Civil Veterinary Dept. Bombay admin report 1923-31 - 1923-1931
Year: 1923
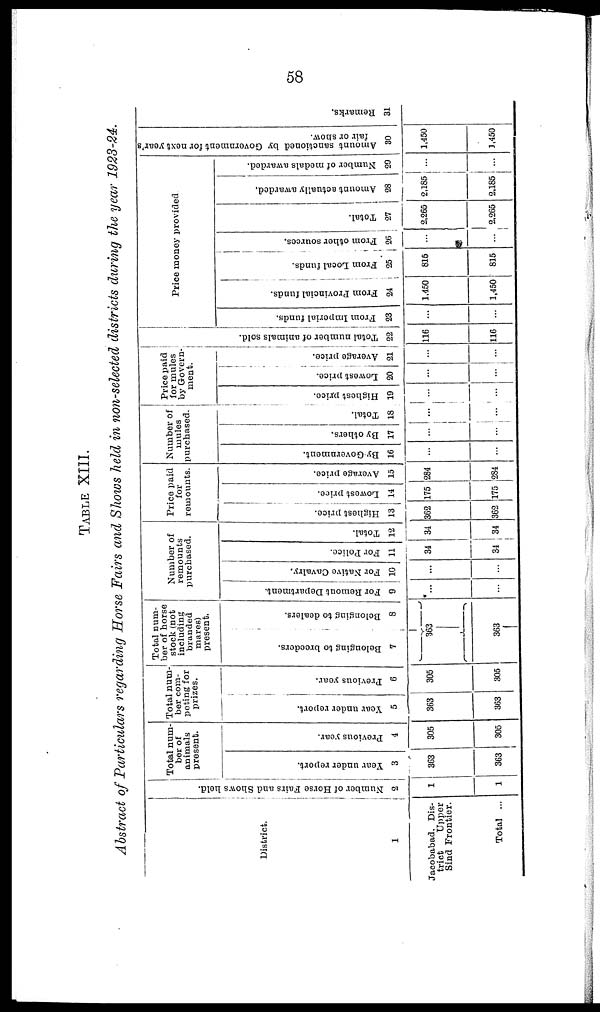
58
TABLE XIII.
Abstract of Particulars regarding Horse Fairs and Shows held in non-selected districts during the year 1923-24.
District.
1
Jacobabad, Dis-
trict
Upper
Sind Frontier.
Total ...
Number of Horse Fairs and Shows held.
2
1
1
Total num-
ber of
animals
present.
Year under report.
3
363
363
Previous year.
4
305
305
Total num-
ber com-
peting for
prizes.
Year under report.
5
363
363
Previous year.
6
305
305
Total num-
ber of horse
stock (not
including
branded
mares)
present.
Belonging to breeders.
7
363
363
Belonging to dealers.
8
...
...
Number of
remounts
purchased.
For Remount Department.
9
...
...
For Native Cavalry.
10
...
...
For Police.
11
34
34
Total.
12
34
34
Price paid
for
remounts.
Highest price.
13
362
362
Lowest price.
14
175
175
Average price.
15
284
284
Number of
mules
purchased.
By Government.
16
...
...
By others.
17
...
...
Total.
18
...
...
Price paid
for mules
by Govern-
ment.
Highest price.
19
...
...
Lowest price.
20
...
...
Average price.
21
...
...
Tot al number of animals sold.
22
116
116
Price money provided.
From Imperial funds.
23
...
...
From Provincial funds.
24
1,450
1,450
From Local funds.
25
815
815
From other sources.
26
...
...
Total.
27
2,265
2,265
Amount actually awarded,
28
2,185
2,185
Number of medals awarded.
29
...
...
Amount sanctioned by Government for next year's
fair or show.
30
1,450
1,450
Remarks.
31